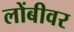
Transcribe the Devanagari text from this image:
लोंबीवर